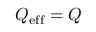
Q _ { \mathrm { e f f } } = Q